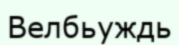
Велбьуждь